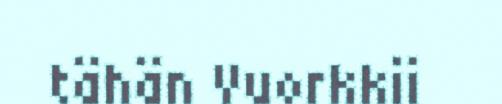
tähän Vuorkkii